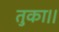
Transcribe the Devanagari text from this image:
तुका।।